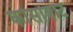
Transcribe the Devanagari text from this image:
कोसाबाट